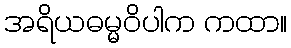
အရိယဓမ္မဝိပါက ကထာ။